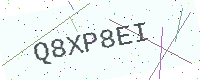
Text: Q8XP8EI